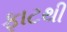
ફાટથી